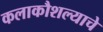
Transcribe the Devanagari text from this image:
कलाकौशल्याचे